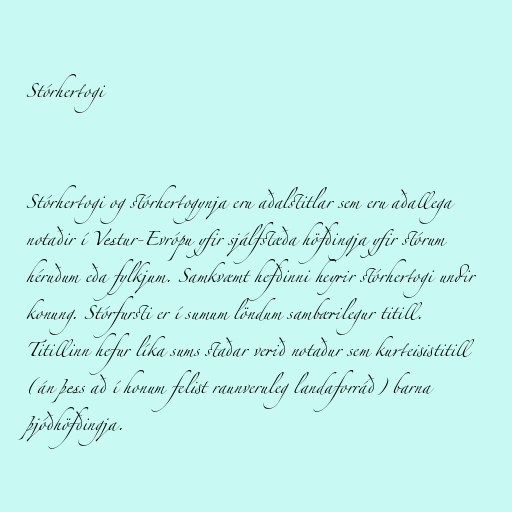
Stórhertogi

Stórhertogi og stórhertogynja eru aðalstitlar sem eru aðallega
notaðir í Vestur-Evrópu yfir sjálfstæða höfðingja yfir stórum
héruðum eða fylkjum. Samkvæmt hefðinni heyrir stórhertogi undir
konung. Stórfursti er í sumum löndum sambærilegur titill.
Titillinn hefur líka sums staðar verið notaður sem kurteisistitill
(án þess að í honum felist raunveruleg landaforráð) barna
þjóðhöfðingja.